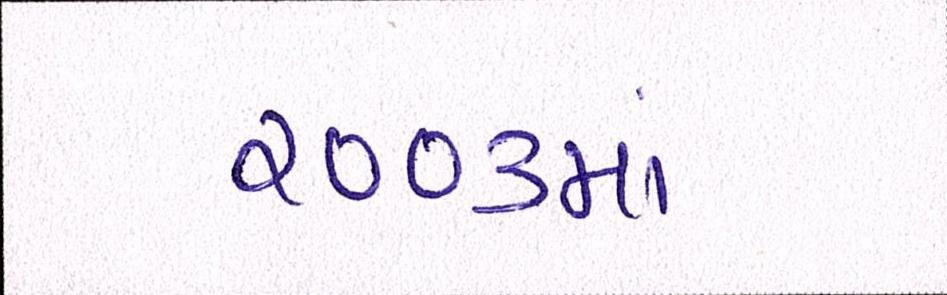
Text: ૨૦૦૩માં